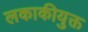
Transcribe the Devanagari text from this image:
लकाकीयुक्त